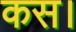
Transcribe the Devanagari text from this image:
कस।